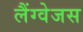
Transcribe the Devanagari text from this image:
लैंग्वेजस